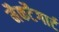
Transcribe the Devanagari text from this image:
मैकटैगार्ट